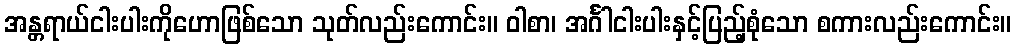
အန္တရာယ်ငါးပါးကိုဟောဖြစ်သော သုတ်လည်းကောင်း။ ဝါစာ၊ အင်္ဂါငါးပါးနှင့်ပြည့်စုံသော စကားလည်းကောင်း။